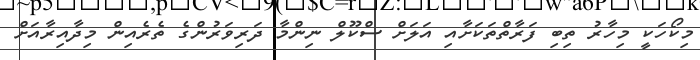
މިކޯހަކީ މިހާރު ތިބި ފަރާތްތަކަށާއި އަލަށް ސްކޫލް ނިންމާ ދަރިވަރުންގެ ތެރެއިން މިދާއިރާއަށް